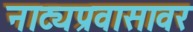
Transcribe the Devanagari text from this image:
नाट्यप्रवासावर